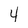
Character: 4